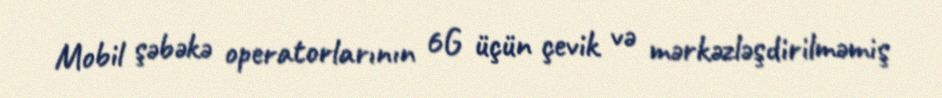
Mobil şəbəkə operatorlarının 6G üçün çevik və mərkəzləşdirilməmiş